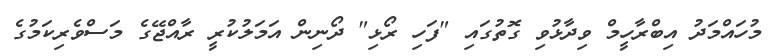
މުހައްމަދު އިބްރާހީމް ވިދާޅުވި ގޮތުގައި "ފަހި ރޯޅި" ދޯނިން އަަމަލުކުރީ ރާއްޖޭގެ މަސްވެރިކަމުގެ